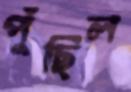
পুঁছিল